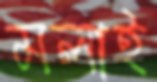
মলাই